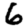
Digit: 6